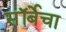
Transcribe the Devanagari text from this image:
सॉर्बेचा